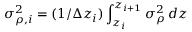
\sigma _ { \rho , i } ^ { 2 } = ( 1 / \Delta z _ { i } ) \int _ { z _ { i } } ^ { z _ { i + 1 } } \sigma _ { \rho } ^ { 2 } \, d z